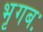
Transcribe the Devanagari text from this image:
भृगबः